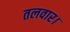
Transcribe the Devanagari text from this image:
तलवार।